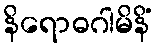
နိရောဓဂါမိနိံ